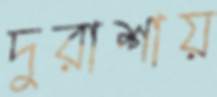
দুরাশায়